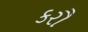
કરૌ